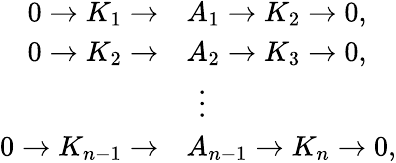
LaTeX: {\begin{array}{rl}{0\rightarrow K_{1}\rightarrow}&{A_{1}\rightarrow K_{2}\rightarrow 0,}\\ {0\rightarrow K_{2}\rightarrow}&{A_{2}\rightarrow K_{3}\rightarrow 0,}\\ &{\ \, \vdots}\\ {0\rightarrow K_{n-1}\rightarrow}&{A_{n-1}\rightarrow K_{n}\rightarrow 0,}\end{array}}